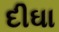
દીઘા